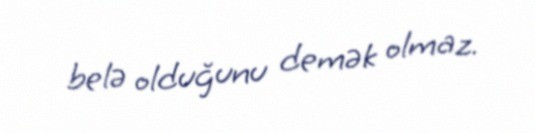
belə olduğunu demək olmaz.